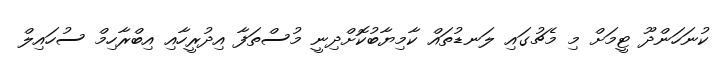
ކުނަަހަންދޫ ޓީމަށް މި މެޗުގައި ލަނޑުތައް ކާމިޔާބުކޮށްދިނީ މުސްތަފާ އިދުރީހާއި އިބްރާހިމް ސުހައިލް